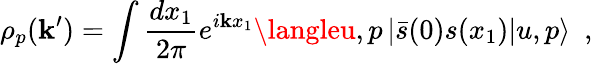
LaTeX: \rho_{p}(\mathbf{k}^{\prime})=\int{\frac{{dx_{1}}}{{2\pi}}}e^{i\mathbf{k}x_{1}}\langleu,p\left|\bar{{s}}(0)s(x_{1})\right|u,p\rangle\ \ ,